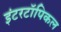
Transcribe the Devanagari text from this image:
इंटरटॉपिकल